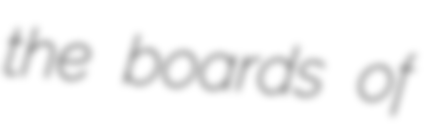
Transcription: the boards of